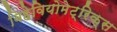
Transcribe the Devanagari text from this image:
बिहेवियोमेट्रिक्स